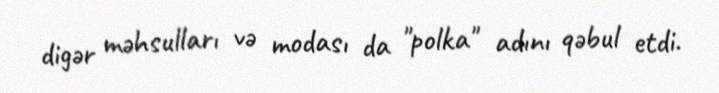
digər məhsulları və modası da "polka" adını qəbul etdi.